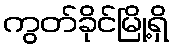
ကွတ်ခိုင်မြို့ရှိ